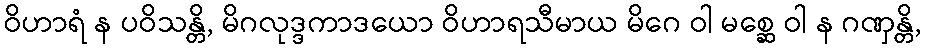
ဝိဟာရံ န ပဝိသန္တိ, မိဂလုဒ္ဒကာဒယော ဝိဟာရသီမာယ မိဂေ ဝါ မစ္ဆေ ဝါ န ဂဏှန္တိ,